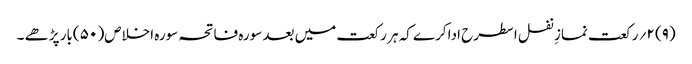
(۹) ۲؍ رکعت نمازِ نفل اسطرح ادا کرے کہ ہر رکعت میں بعد سورہ فاتحہ سورہ اخلاص( ۵۰ )بار پڑھے ۔